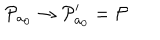
{ \cal P } _ { a _ { 0 } } \rightarrow { \cal P } _ { a _ { 0 } } ^ { \prime } = { \cal P }